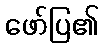
ဖော်ပြ၏